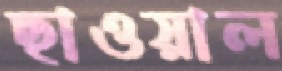
ছাওয়াল